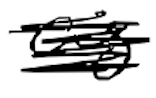
Text: as
Cross-out: scratch
Writing tool: digital_black